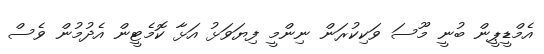
އެމްޑީޕީން ބުނީ މޫސަ ވަކިކުރަން ނިންމީ ފިޔަވަޅު އަޅާ ކޮމެޓީން އެދުމުން ވެސް